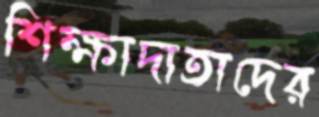
শিক্ষাদাতাদের